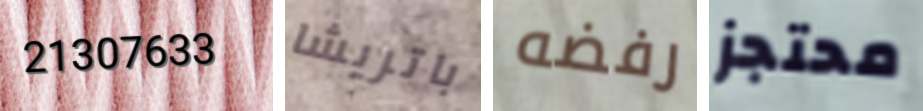
21307633 باتريشا رفضه محتجز